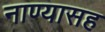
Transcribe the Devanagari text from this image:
नाण्यासह